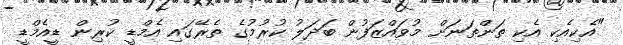
"އެކިއެކި އެކި ތަންތަނަށް މުވައްޒަފުން ބަދަލު ކުރުމުގެ ތެރޭގައި އެމްޑީ ކުރިން ޑީއެމްޑީ